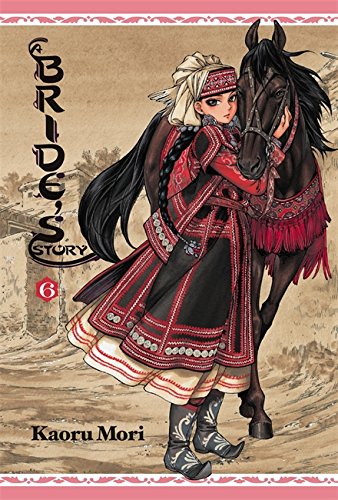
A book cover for A Bride's Story, Vol. 6; Comics & Graphic Novels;